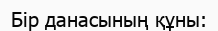
Бір данасының құны: